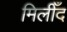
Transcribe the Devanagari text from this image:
मिलीँद